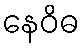
နေဝိဓ